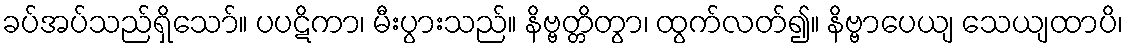
ခပ်အပ်သည်ရှိသော်။ ပပဋိကာ၊ မီးပွားသည်။ နိဗ္ဗတ္တိတွာ၊ ထွက်လတ်၍။ နိဗ္ဗာပေယျ သေယျထာပိ၊